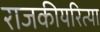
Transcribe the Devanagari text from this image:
राजकीयरित्या